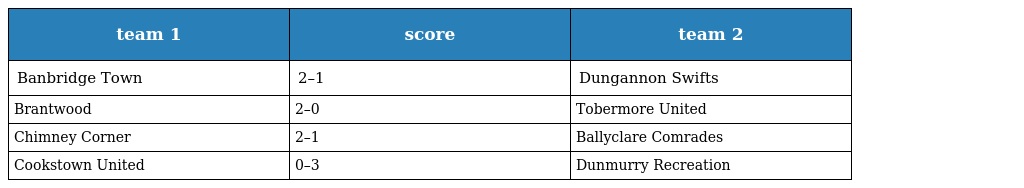
| team 1 | score | team 2 |
 | --- | --- | --- |
 | Banbridge Town | 2–1 | Dungannon Swifts |
 | Brantwood | 2–0 | Tobermore United |
 | Chimney Corner | 2–1 | Ballyclare Comrades |
 | Cookstown United | 0–3 | Dunmurry Recreation |